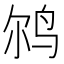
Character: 𲍰